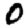
Digit: 0